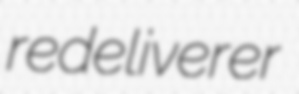
redeliverer